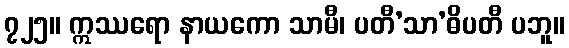
၇၂၅။ ဣဿရော နာယကော သာမီ၊ ပတီ’သာ’ဓိပတီ ပဘူ။